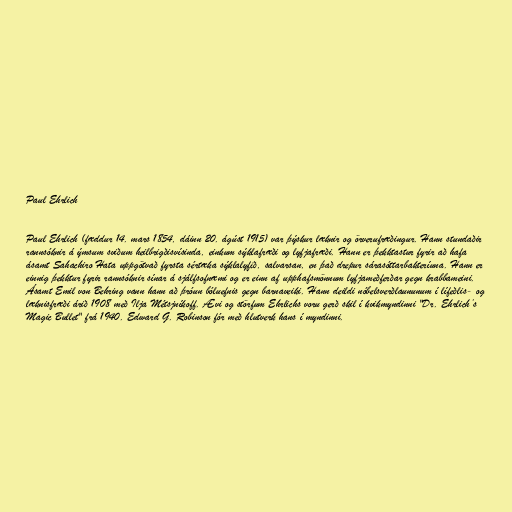
Paul Ehrlich

Paul Ehrlich (fæddur 14. mars 1854, dáinn 20. ágúst 1915) var þýskur læknir og örverufræðingur. Hann stundaðir
rannsóknir á ýmsum sviðum heilbrigðisvísinda, einkum sýklafræði og lyfjafræði. Hann er þekktastur fyrir að hafa
ásamt Sahachiro Hata uppgötvað fyrsta sértæka sýklalyfið, salvarsan, en það drepur sárasóttarbakteríuna. Hann er
einnig þekktur fyrir rannsóknir sínar á sjálfsofnæmi og er einn af upphafsmönnum lyfjameðferðar gegn krabbameini.
Ásamt Emil von Behring vann hann að þróun bóluefnis gegn barnaveiki. Hann deildi nóbelsverðlaununum í lífeðlis- og
læknisfræði árið 1908 með Ilja Métsjníkoff. Ævi og störfum Ehrlichs voru gerð skil í kvikmyndinni "Dr. Ehrlich’s
Magic Bullet" frá 1940. Edward G. Robinson fór með hlutverk hans í myndinni.